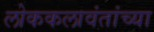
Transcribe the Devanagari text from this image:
लोककलावंतांच्या